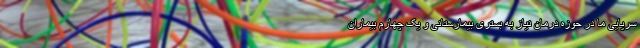
سرپایی ما در حوزه درمان نیاز به بستری بیمارستانی و یک چهارم بیماران